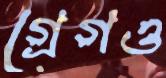
গ্রেগও